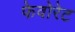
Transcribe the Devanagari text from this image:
फेवोरेट